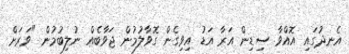
އެނދުގައި އޮއްވާ ސިޑިން އަރާ އަޑު އިވިގެން ގޮވާލުމުން ޖަވާބެއް ނުލިބުމުން "ވަރަށް